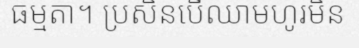
ធម្មតា។ ប្រសិនបើឈាមហូរមិន